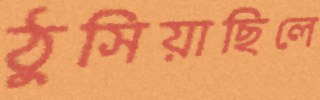
ঠুসিয়াছিলে